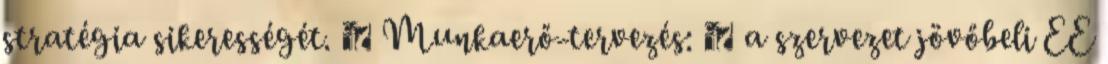
stratégia sikerességét.  Munkaerő-tervezés: ◦ a szervezet jövőbeli EE